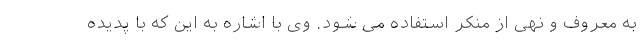
به معروف و نهی از منکر استفاده می شود. وی با اشاره به این که با پدیده